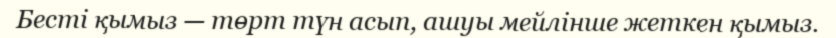
Бесті қымыз — төрт түн асып, ашуы мейлінше жеткен қымыз.